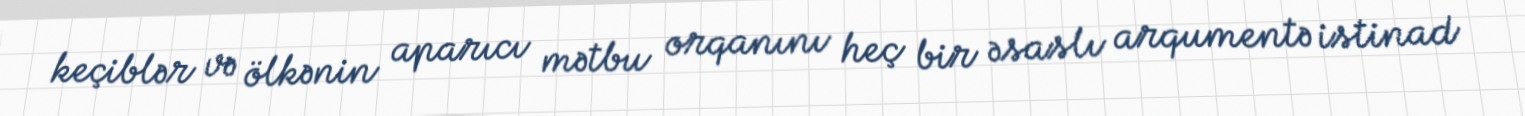
keçiblər və ölkənin aparıcı mətbu orqanını heç bir əsaslı arqumentə istinad